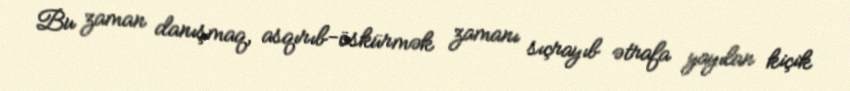
Bu zaman danışmaq, asqırıb-öskürmək zamanı sıçrayıb ətrafa yayılan kiçik